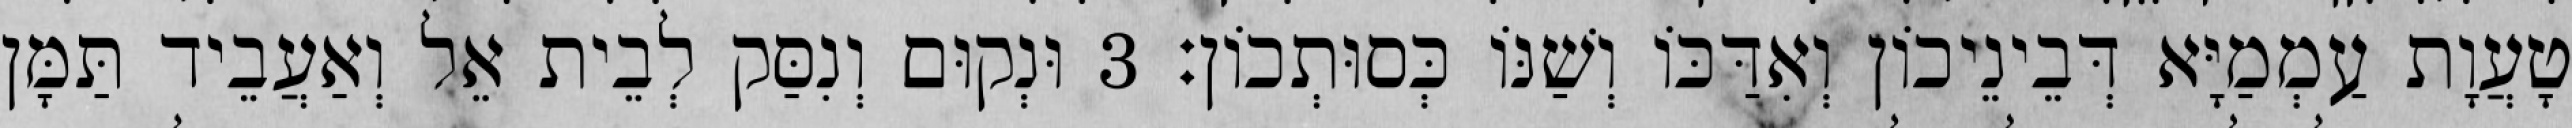
טָעֲוָת עַמְמַיָּא דְּבֵינֵיכוֹן וְאִדַּכּוֹ וְשַׁנּוֹ כְּסוּתְכוֹן׃ 3 וּנְקוּם וְנִסַּק לְבֵית אֵל וְאַעֲבֵיד תַּמָּן